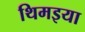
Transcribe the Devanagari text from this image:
थिमइया